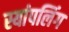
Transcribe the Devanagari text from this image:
स्यांपलिंग